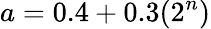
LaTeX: a=0.4+0.3(2^{n})